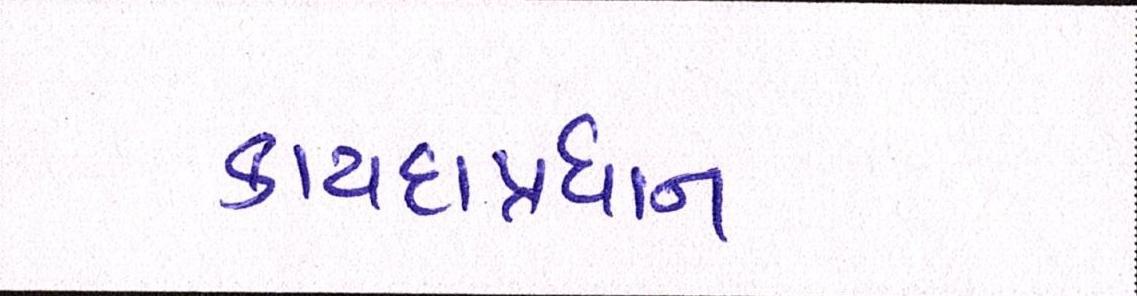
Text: કાયદાપ્રધાન